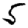
Digit: 5